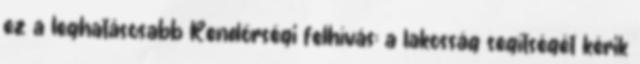
ez a leghatásosabb Rendőrségi felhívás: a lakosság segítségét kérik